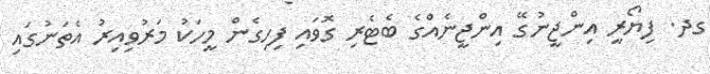
ގދ. ފިޔޯރީ އިންޖީނުގޭ އިންޖީނެއްގެ ބެޓެރި ގޮވައި ފިހިގެން މީހަކު މަރުވިއިރު އެތަނުގައި